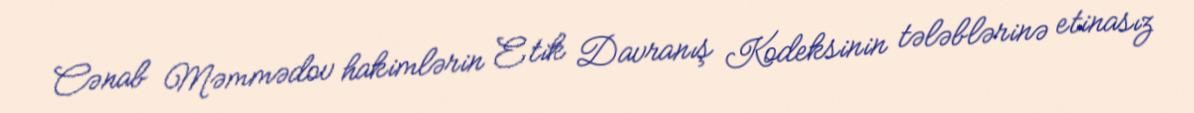
Cənab Məmmədov hakimlərin Etik Davranış Kodeksinin tələblərinə etinasız